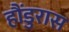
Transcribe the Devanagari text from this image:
हौंडुरास